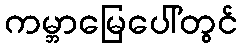
ကမ္ဘာမြေပေါ်တွင်